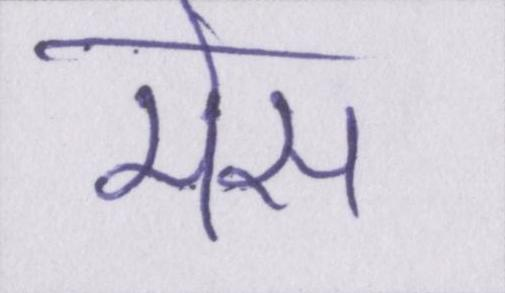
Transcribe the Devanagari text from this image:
मेस